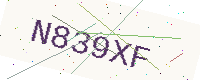
Text: N839XF